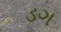
ડગ